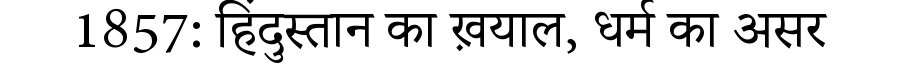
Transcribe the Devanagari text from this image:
1857: हिंदुस्तान का ख़याल, धर्म का असर